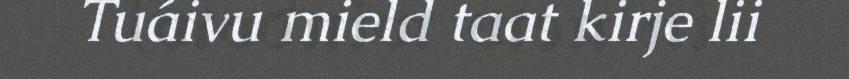
Tuáivu mield taat kirje lii